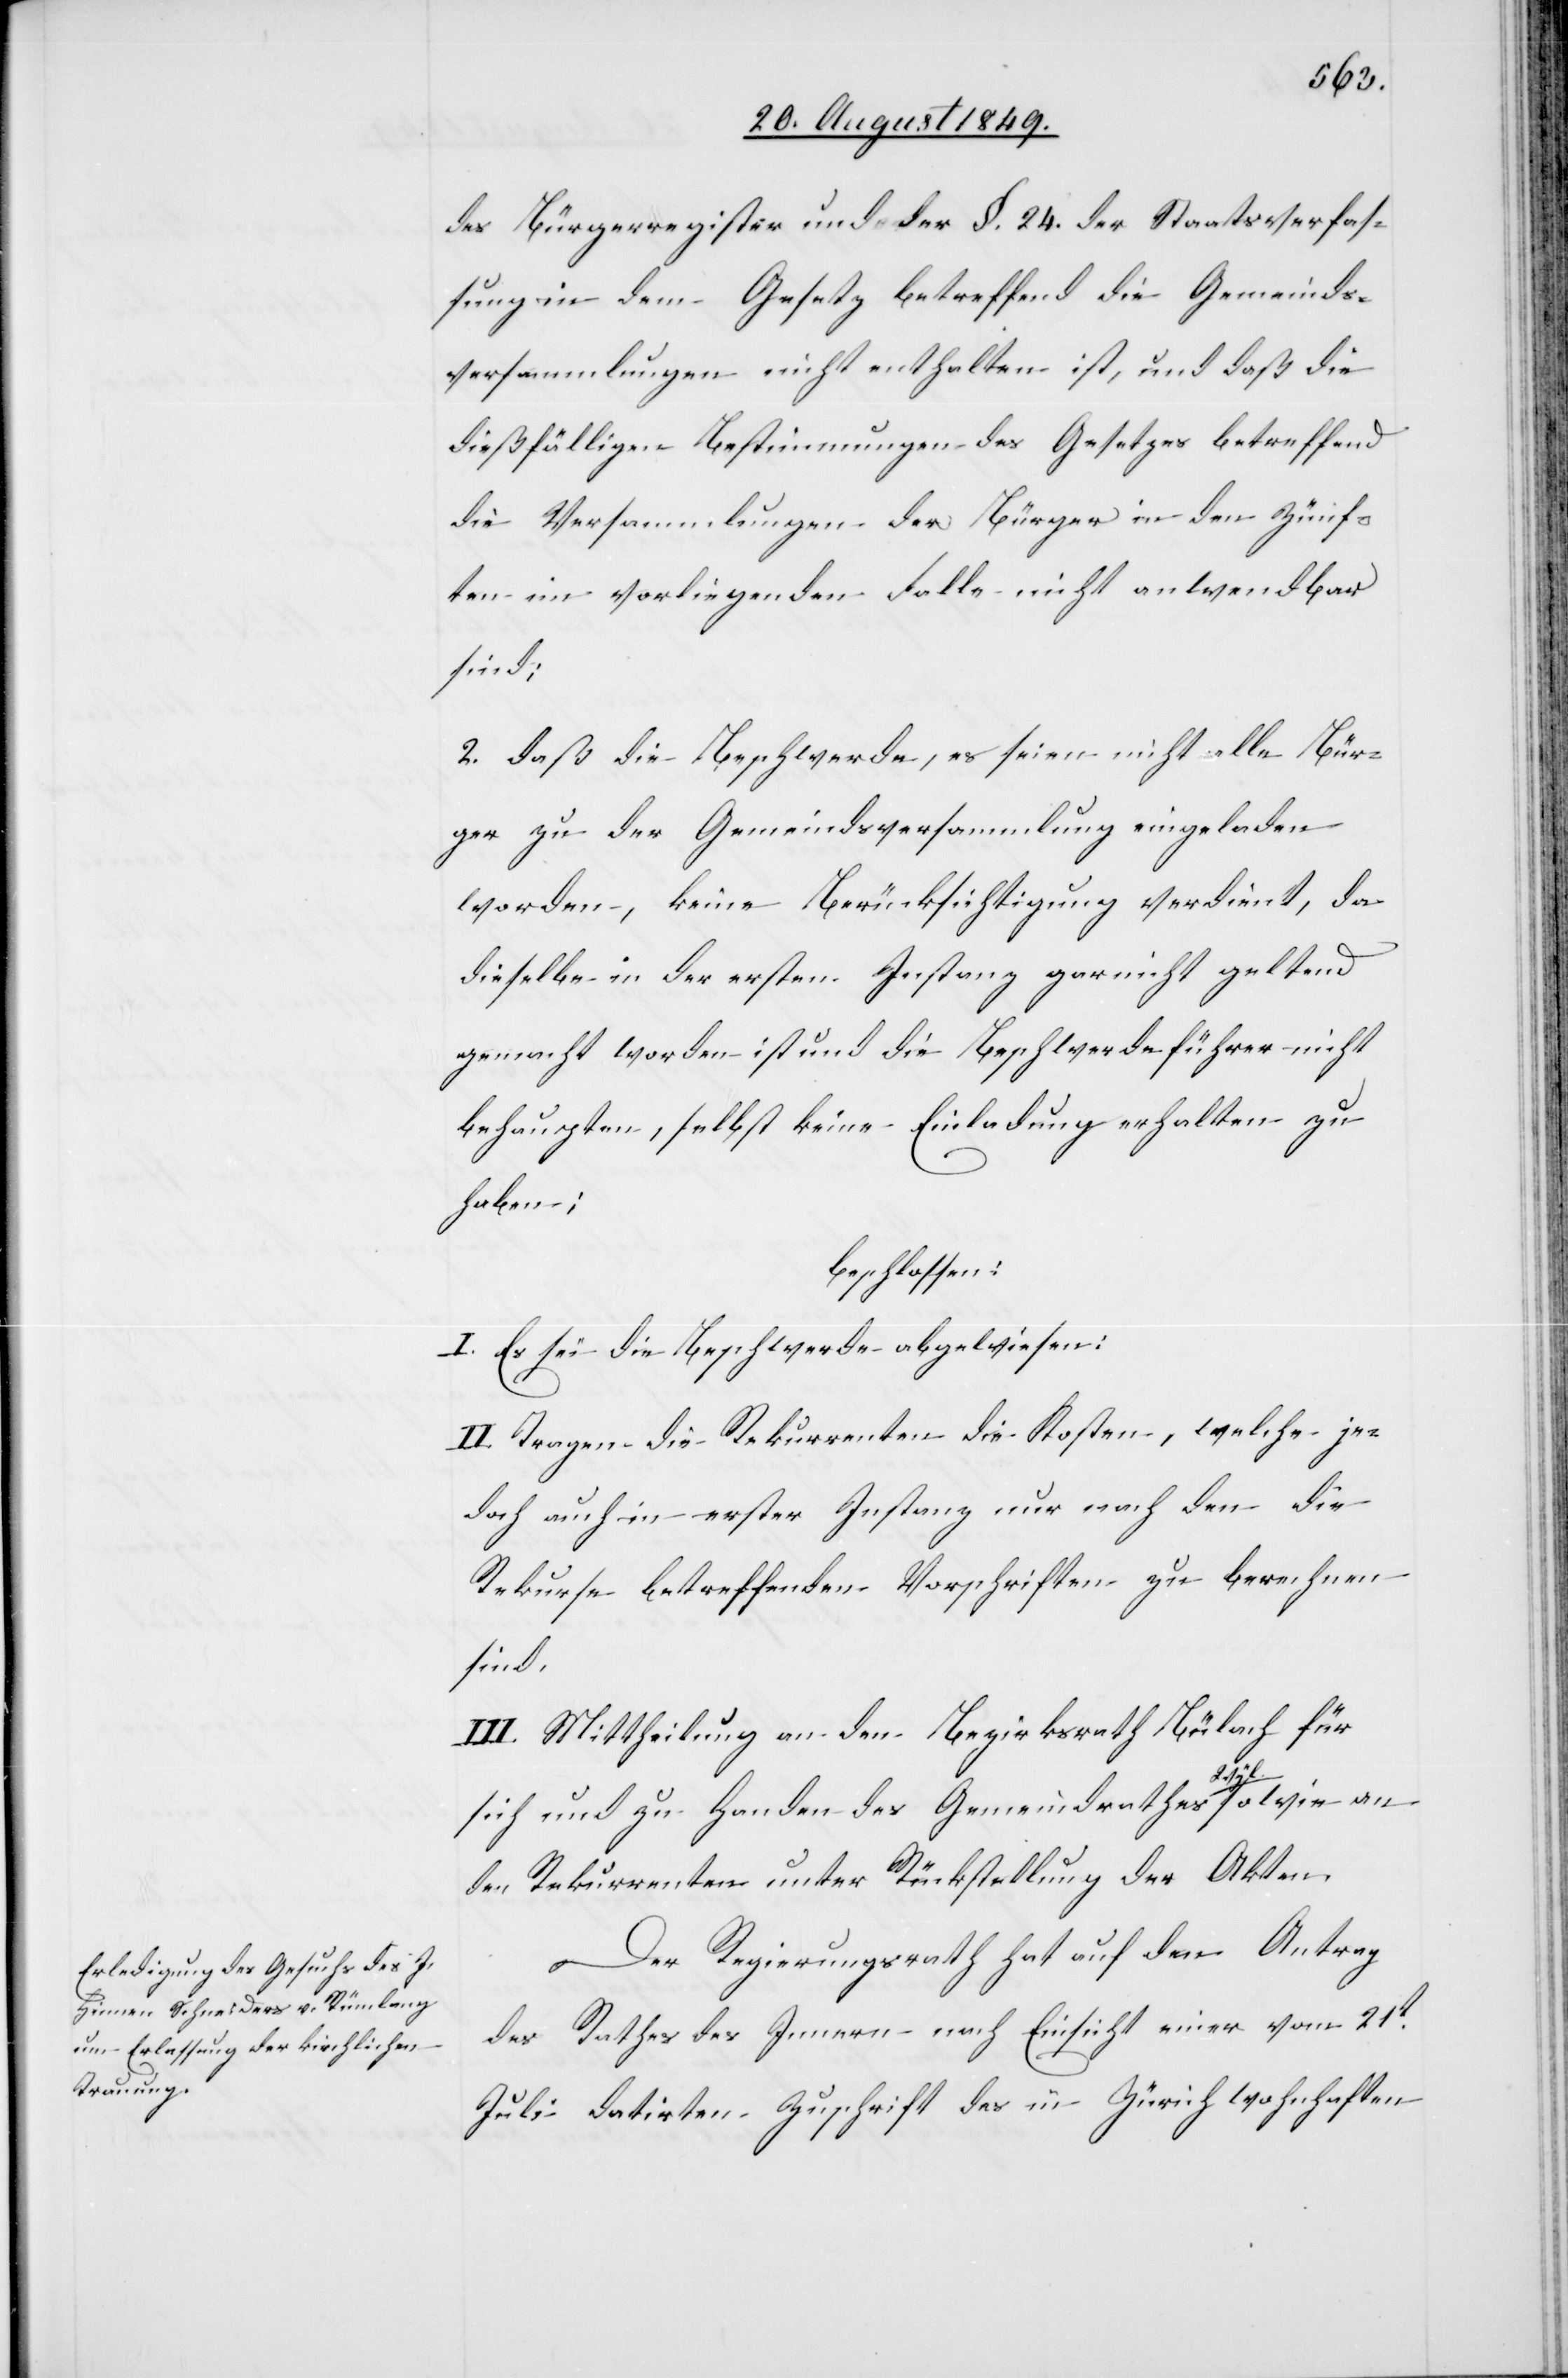
des Bürgerregister und der §. 24. der Staatsverfas¬
sung in dem Gesetz betreffend die Gemeinds¬
versammlungen nicht enthalten ist, und daß die
dießfälligen Bestimmungen des Gesetzes betreffend
die Versammlungen der Bürger in den Zünf¬
ten im vorliegenden Falle nicht anwendbar
sind;
2. daß die Beschwerde, es seien nicht alle Bür¬
ger zu der Gemeindsversammlung eingeladen
worden, keine Berücksichtigung verdient, da
dieselbe in der ersten Instanz gar nicht geltend
gemacht worden ist und die Beschwerdeführer nicht
behaupten, selbst keine Einladung erhalten zu
haben;
beschlossen:
I. Es sei die Beschwerde abgewiesen:
II. Tragen die Rekurrenten die Kosten, welche je¬
doch auch in erster Instanz nur nach den die
Rekurse betreffenden Vorschriften zu berechnen
sind.
III. Mittheilung an den Bezirksrath Bülach für
sich und zu Handen des Gemeindrathes a-Wyl-a
den Rekurrenten unter Rückstellung der Akten.
Der Regierungsrath hat auf den Antrag
des Rathes des Innern nach Einsicht einer vom 21t
Juli datirten Zuschrift des in Zürich wohnhaften